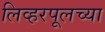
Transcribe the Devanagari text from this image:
लिव्हरपूलच्या